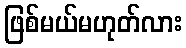
ဖြစ်မယ်မဟုတ်လား